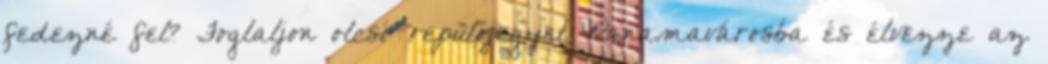
fedezné fel? Foglaljon olcsó repülőjegyet Panamavárosba és élvezze az